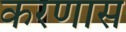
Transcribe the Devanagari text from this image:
करणास